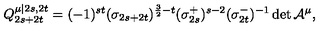
Q _ { 2 s + 2 t } ^ { \mu | 2 s , 2 t } = ( - 1 ) ^ { s t } ( \sigma _ { 2 s + 2 t } ) ^ { \frac { 3 } { 2 } - t } ( \sigma _ { 2 s } ^ { + } ) ^ { s - 2 } ( \sigma _ { 2 t } ^ { - } ) ^ { - 1 } \det \mathcal { A } ^ { \mu } \mathcal { } ,